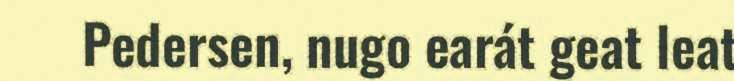
Pedersen, nugo earát geat leat